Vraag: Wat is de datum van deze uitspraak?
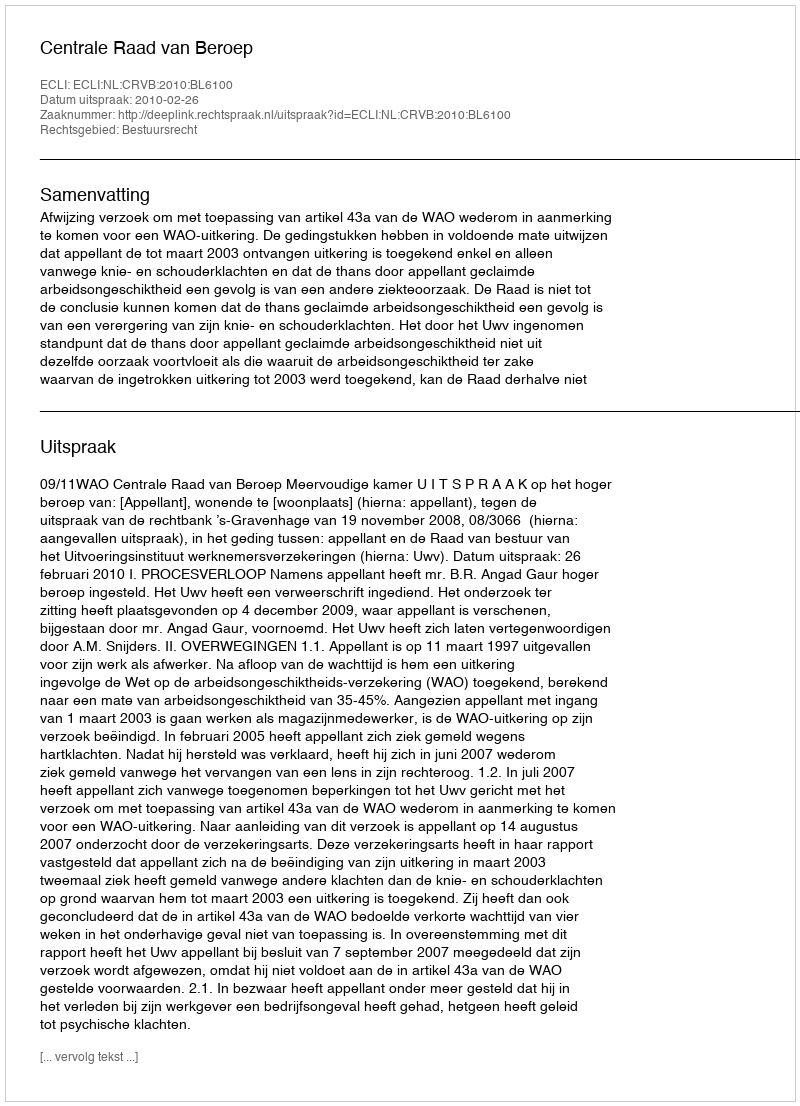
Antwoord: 2010-02-26